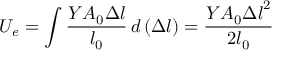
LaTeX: U _ { e } = \int { \frac { Y A _ { 0 } \Delta l } { l _ { 0 } } } \, d \left( \Delta l \right) = { \frac { Y A _ { 0 } { \Delta l } ^ { 2 } } { 2 l _ { 0 } } }